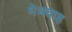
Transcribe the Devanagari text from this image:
मेधवाह